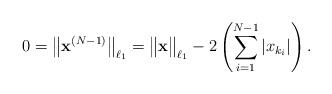
LaTeX: \begin{align*}0=\bigl\|\textbf{x}^{(N-1)}\bigr\|_{\ell_1}=\bigl\|\textbf{x}\bigr\|_{\ell_1}- 2\left(\sum_{i=1}^{N-1}|x_{k_i}|\right).\end{align*}